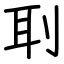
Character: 刵